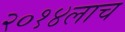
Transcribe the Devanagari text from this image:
२०१४लाच